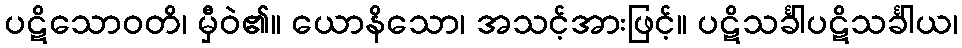
ပဋိသောဝတိ၊ မှီဝဲ၏။ ယောနိသော၊ အသင့်အားဖြင့်။ ပဋိသင်္ခါပဋိသင်္ခါယ၊